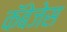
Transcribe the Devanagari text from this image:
कॅबेजेस